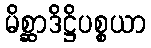
မိစ္ဆာဒိဋ္ဌိပစ္စယာ